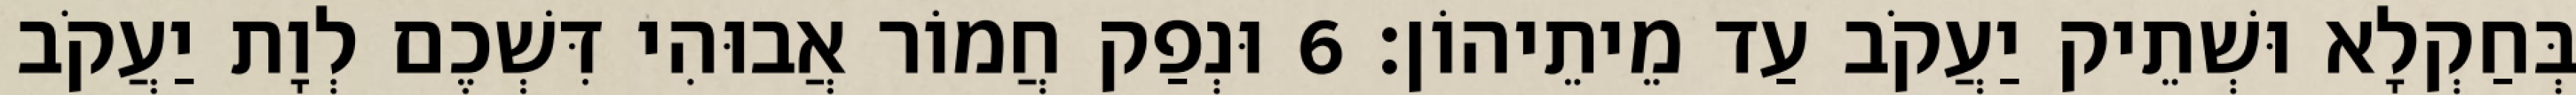
בְּחַקְלָא וּשְׁתֵיק יַעֲקֹב עַד מֵיתֵיהוֹן׃ 6 וּנְפַק חֲמוֹר אֲבוּהִי דִּשְׁכֶם לְוָת יַעֲקֹב